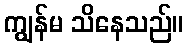
ကျွန်မ သိနေသည်။